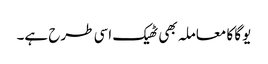
یوگا کا معاملہ بھی ٹھیک اسی طرح ہے۔